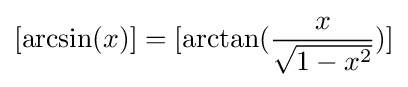
[\arcsin(x)]=[\arctan({\frac {x}{\sqrt {1-x^{2}}}})]